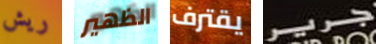
ريش الظهير يقترف جرير